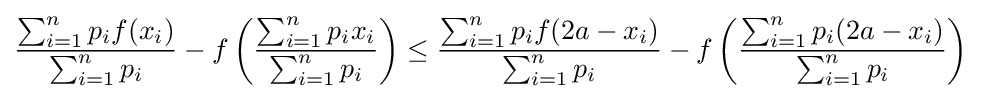
{\frac {\sum _{i=1}^{n}p_{i}f(x_{i})}{\sum _{i=1}^{n}p_{i}}}-f\left({\frac {\sum _{i=1}^{n}p_{i}x_{i}}{\sum _{i=1}^{n}p_{i}}}\right)\leq {\frac {\sum _{i=1}^{n}p_{i}f(2a-x_{i})}{\sum _{i=1}^{n}p_{i}}}-f\left({\frac {\sum _{i=1}^{n}p_{i}(2a-x_{i})}{\sum _{i=1}^{n}p_{i}}}\right)